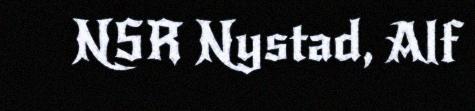
NSR Nystad, Alf